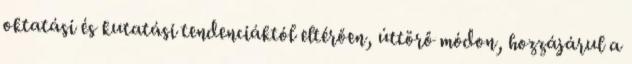
oktatási és kutatási tendenciáktól eltérően, úttörő módon, hozzájárul a